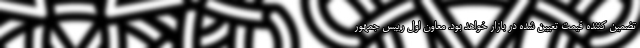
تضمین کننده قیمت تعیین شده در بازار خواهد بود. معاون اول رییس جمهور